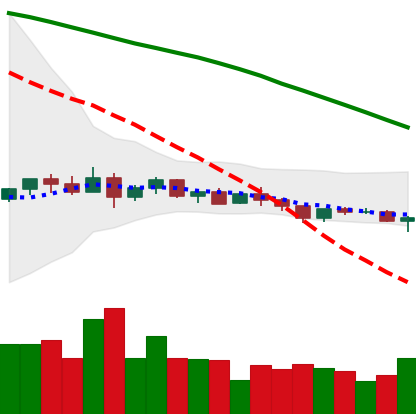
Ticker: XLM-USD
Chart end date: 2022-12-12
Forward return: -10.087%
Label: down_7plus